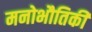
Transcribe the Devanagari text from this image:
मनोभौतिकी